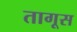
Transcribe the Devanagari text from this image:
तागूस